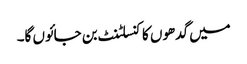
میں گدھوں کا کنسلٹنٹ بن جائوں گا۔